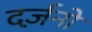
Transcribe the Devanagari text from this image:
दर्ज़नो